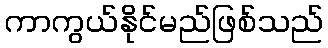
ကာကွယ်နိုင်မည်ဖြစ်သည်